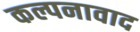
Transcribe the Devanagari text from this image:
कल्पनावाद